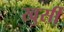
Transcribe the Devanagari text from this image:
खुर्सी